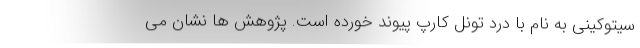
سیتوکینی به نام با درد تونل کارپ پیوند خورده است. پژوهش ها نشان می